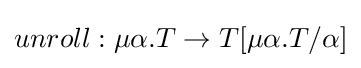
unroll:\mu \alpha .T\to T[\mu \alpha .T/\alpha ]